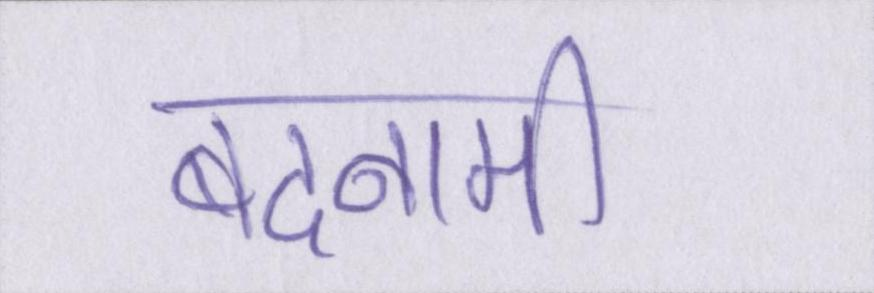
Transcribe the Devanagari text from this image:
बदनामी